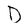
Character: D